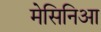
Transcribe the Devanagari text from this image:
मेसिनिआ